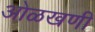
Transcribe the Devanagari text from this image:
ओळखणी